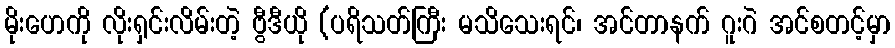
မိုးဟေကို လိုးရှင်းလိမ်းတဲ့ ဗွီဒီယို (ပရိသတ်ကြီး မသိသေးရင်၊ အင်တာနက် ဂူးဂဲ အင်စတင့်မှာ